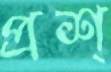
প্রশ্